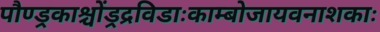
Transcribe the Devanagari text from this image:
पौण्ड्रकाश्चोंड्रद्रविडाःकाम्बोजायवनाशकाः